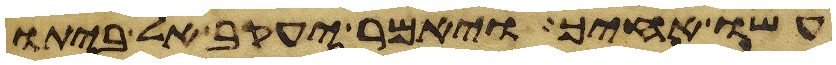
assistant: עשו אחיך ויאמר יעקב אל ביתו